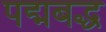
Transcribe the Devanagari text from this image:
पद्मबद्ध